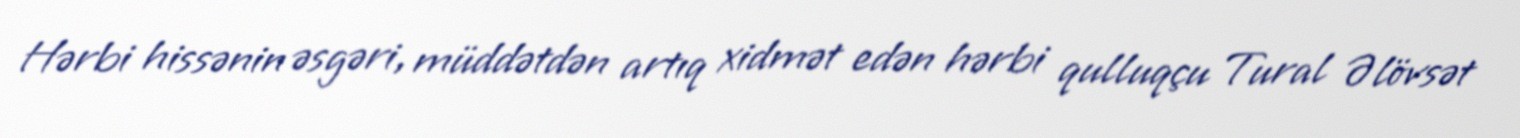
Hərbi hissənin əsgəri, müddətdən artıq xidmət edən hərbi qulluqçu Tural Əlövsət